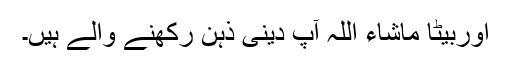
اوربیٹا ماشاء اللہ آپ دینی ذہن رکھنے والے ہیں۔